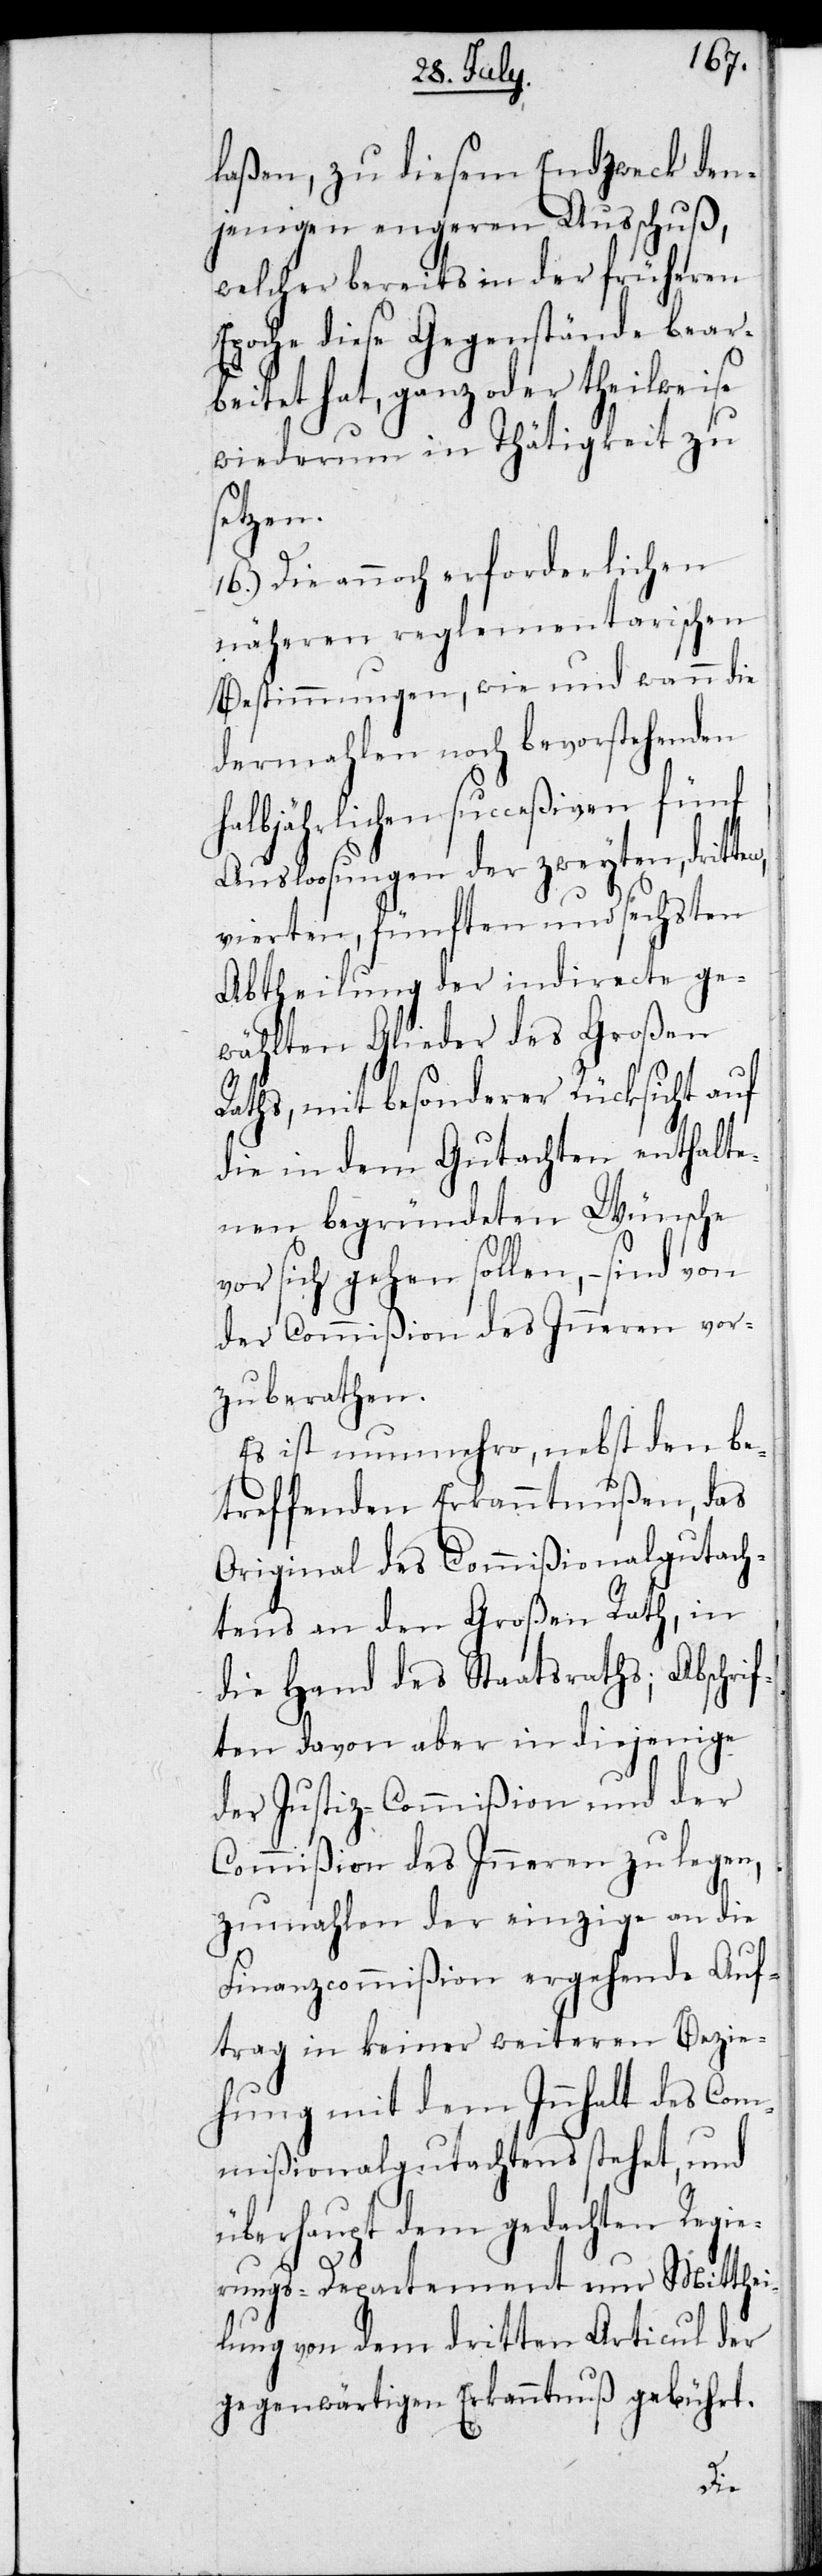
laßen, zu diesem Endzweck den¬
jenigen engeren Ausschuß,
welcher bereits in der früheren
Epoche diese Gegenstände bear¬
beitet hat, ganz oder theilweise
wiederum in Thätigkeit zu
setzen.
16.) Die annoch erforderlichen
näheren reglementarischen
Bestimmungen, wie und wann die
dermahlen noch bevorstehenden
halbjährlichen succeßiven fünf
Ausloosungen der zweyten, dritten,
vierten, fünften und sechsten
Abtheilung der indirecte ge¬
wählten Glieder des Großen
Raths, mit besonderer Rücksicht auf
die in dem Gutachten enthalte¬
nen begründeten Wünsche
vor sich gehen sollen, – sind von
der Commißion des Inneren vor¬
zuberathen.
Es ist nunmehro, nebst den be¬
treffenden Erkanntnußen, das
Original des Commißionalgutach¬
tens an den Großen Rath, in
die Hand des Staatsraths; Abschrif¬
ten davon aber in diejenige
der Justiz-Commißion und der
Commißion des Inneren zu legen,
zumahlen der einzige an die
Finanzcommißion ergehende Auf¬
trag in keiner weiteren Bezie¬
hung mit dem Innhalt des Com¬
mißionalgutachtens stehet, und
überhaupt dem gedachten Regie¬
rungs-Departement nur Mitthei¬
lung von dem dritten Articul der
gegenwärtigen Erkanntnuß gebührt.